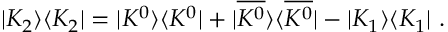
| K _ { 2 } \rangle \langle K _ { 2 } | = | K ^ { 0 } \rangle \langle K ^ { 0 } | + | \overline { { { K ^ { 0 } } } } \rangle \langle \overline { { { K ^ { 0 } } } } | - | K _ { 1 } \rangle \langle K _ { 1 } | \ .